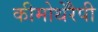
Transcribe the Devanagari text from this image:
कीमोथेरैपी